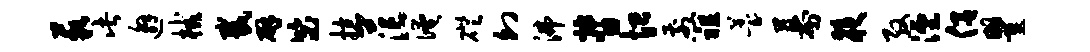
藐此邂械截辟毖掠茫淹磴幻沸督恤煎祖薹幕夜殷湮侣瞿